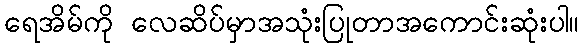
ရေအိမ်ကို လေဆိပ်မှာအသုံးပြုတာအကောင်းဆုံးပါ။